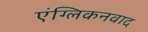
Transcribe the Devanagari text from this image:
एंग्लिकनवाद